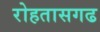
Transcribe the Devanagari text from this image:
रोहतासगढ